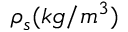
\rho _ { s } ( k g / m ^ { 3 } )